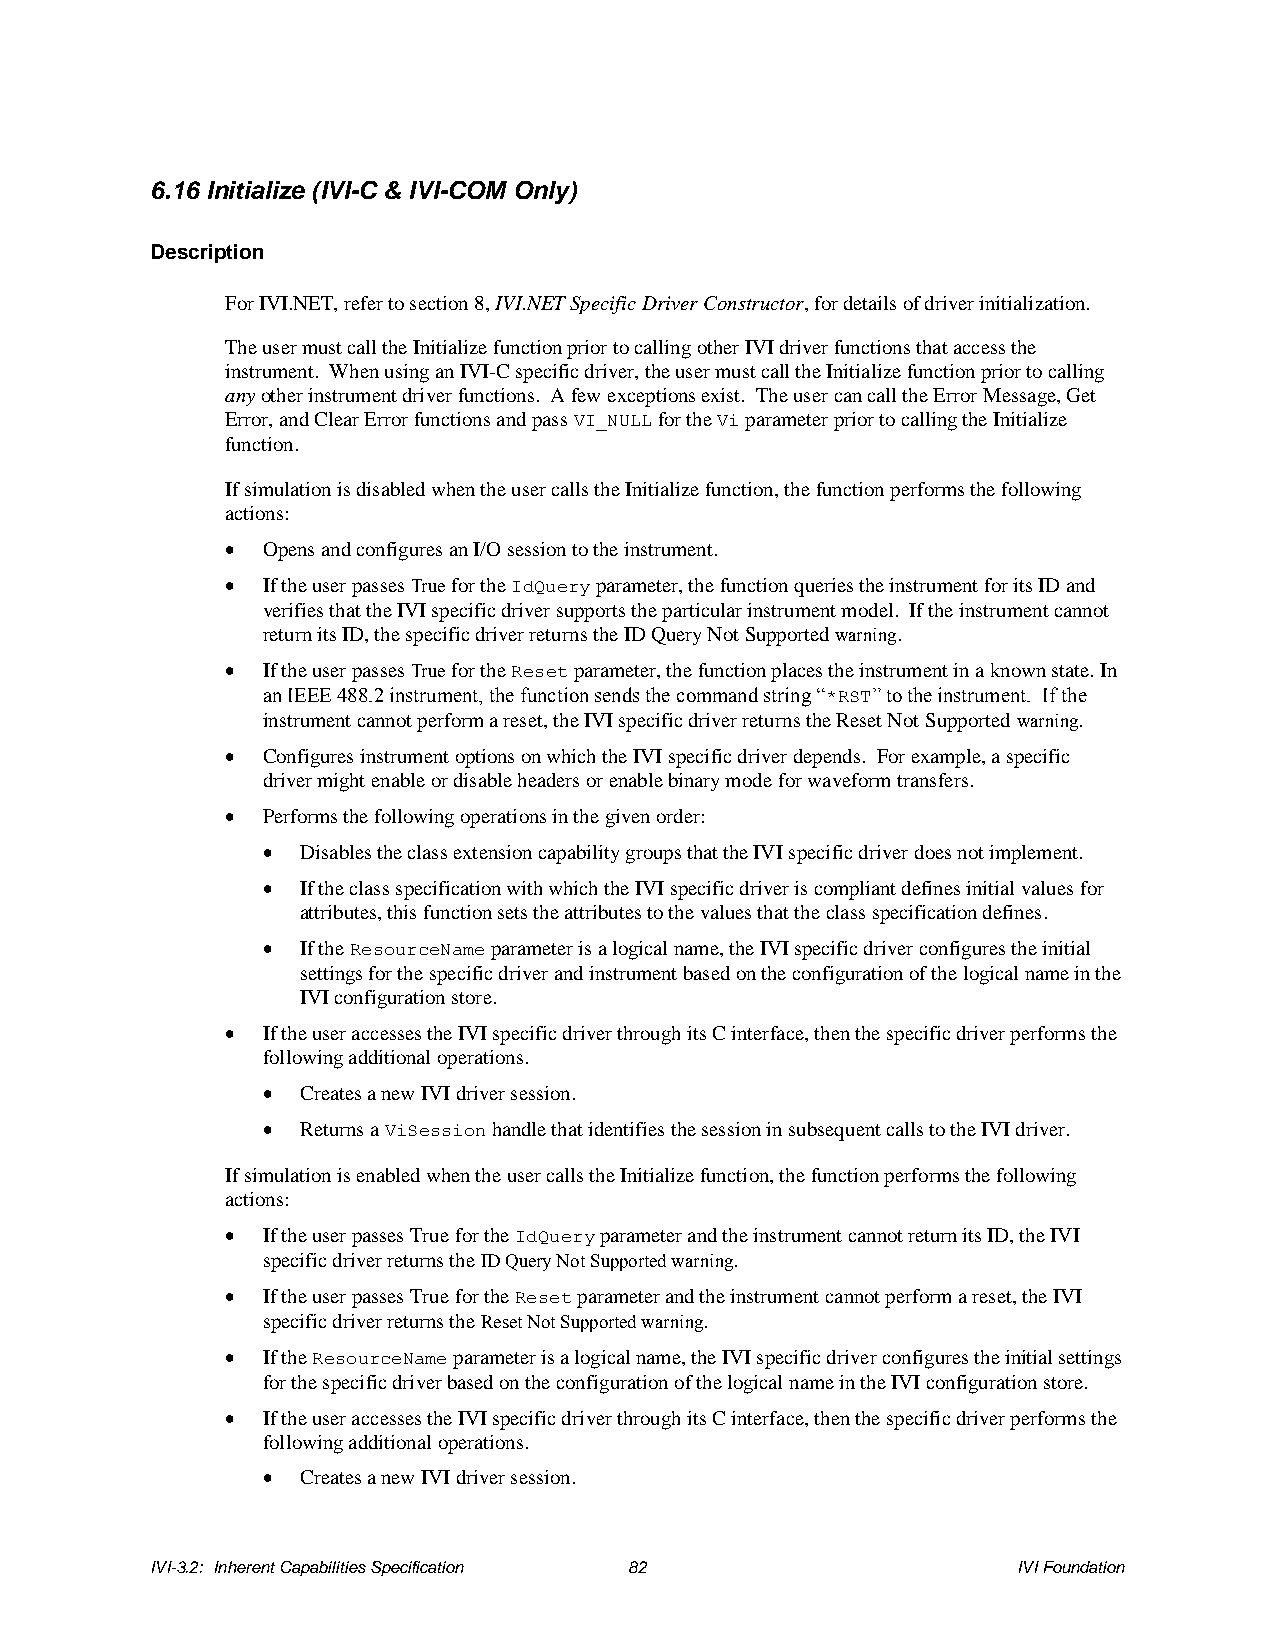
6.16 Initialize (IVI-C & IVI-COM Only)
 Description
 For IVI.NET, refer to section 8, IVI.NET Specific Driver Constructor, for details of driver initialization.
 The user must call the Initialize function prior to calling other IVI driver functions that access the
 instrument. When using an IVI-C specific driver, the user must call the Initialize function prior to calling
 any other instrument driver functions. A few exceptions exist. The user can call the Error Message, Get
 Error, and Clear Error functions and pass VI_NULL for the Vi parameter prior to calling the Initialize
 function.
 If simulation is disabled when the user calls the Initialize function, the function performs the following
 actions:
 • Opens and configures an I/O session to the instrument.
 • If the user passes True for the IdQuery parameter, the function queries the instrument for its ID and
 verifies that the IVI specific driver supports the particular instrument model. If the instrument cannot
 return its ID, the specific driver returns the ID Query Not Supported warning.
 • If the user passes True for the Reset parameter, the function places the instrument in a known state. In
 an IEEE 488.2 instrument, the function sends the command string “*RST” to the instrument. If the
 instrument cannot perform a reset, the IVI specific driver returns the Reset Not Supported warning.
 • Configures instrument options on which the IVI specific driver depends. For example, a specific
 driver might enable or disable headers or enable binary mode for waveform transfers.
 • Performs the following operations in the given order:
 •  Disables the class extension capability groups that the IVI specific driver does not implement.
 •  If the class specification with which the IVI specific driver is compliant defines initial values for
 attributes, this function sets the attributes to the values that the class specification defines.
 •  If the ResourceName parameter is a logical name, the IVI specific driver configures the initial
 settings for the specific driver and instrument based on the configuration of the logical name in the
 IVI configuration store.
 • If the user accesses the IVI specific driver through its C interface, then the specific driver performs the
 following additional operations.
 •  Creates a new IVI driver session.
 •  Returns a ViSession handle that identifies the session in subsequent calls to the IVI driver.
 If simulation is enabled when the user calls the Initialize function, the function performs the following
 actions:
 • If the user passes True for the IdQuery parameter and the instrument cannot return its ID, the IVI
 specific driver returns the ID Query Not Supported warning.
 • If the user passes True for the Reset parameter and the instrument cannot perform a reset, the IVI
 specific driver returns the Reset Not Supported warning.
 • If the ResourceName parameter is a logical name, the IVI specific driver configures the initial settings
 for the specific driver based on the configuration of the logical name in the IVI configuration store.
 • If the user accesses the IVI specific driver through its C interface, then the specific driver performs the
 following additional operations.
 •  Creates a new IVI driver session.
 IVI-3.2: Inherent Capabilities Specification 82          IVI Foundation